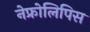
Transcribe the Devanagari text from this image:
नेफ्रोलिपिस